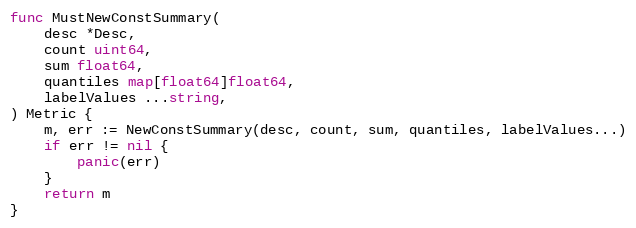
Language: Go
func MustNewConstSummary(
	desc *Desc,
	count uint64,
	sum float64,
	quantiles map[float64]float64,
	labelValues ...string,
) Metric {
	m, err := NewConstSummary(desc, count, sum, quantiles, labelValues...)
	if err != nil {
		panic(err)
	}
	return m
}